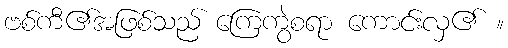
ဗစ်ကီ၏အဖြစ်သည် ကြေကွဲစရာ ကောင်းလှ၏ ။